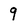
Character: 9